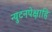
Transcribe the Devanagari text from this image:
न्युटनपेक्षाहि